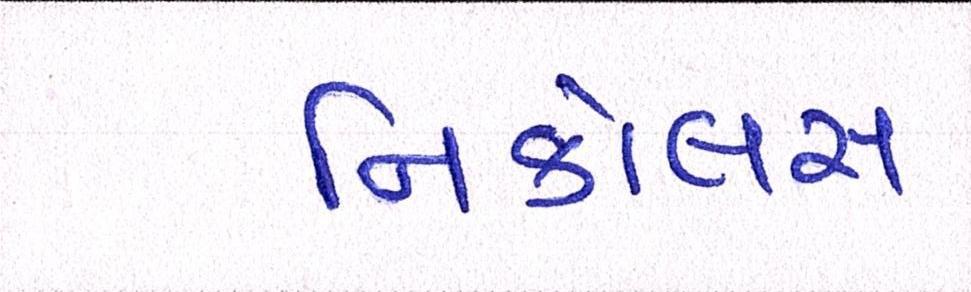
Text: નિકોલસ